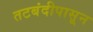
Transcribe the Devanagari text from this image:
तटबंदीपासून